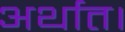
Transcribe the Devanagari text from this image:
अर्थात।